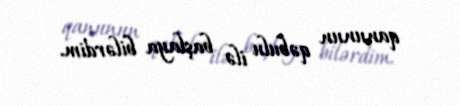
qanunun qəbulu ilə başlaya bilərdim.